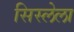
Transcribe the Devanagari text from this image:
सिस्लेला